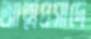
আত্মপ্রসাদে